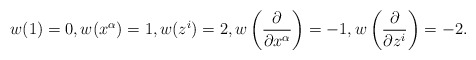
\begin{align*}w(1)=0,w(x^{\alpha})=1,w(z^i)=2,w \left(\frac{\partial}{\partial x^\alpha} \right) =-1,w \left(\frac{\partial}{\partial z^i}\right) =-2.\end{align*}